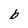
Character: b